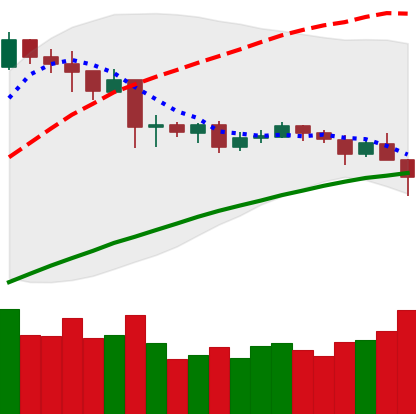
Ticker: NEO-USD
Chart end date: 2019-04-24
Forward return: -5.27%
Label: down_5_7